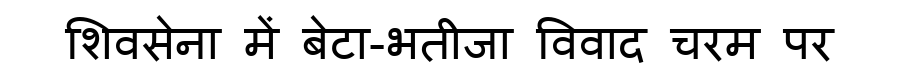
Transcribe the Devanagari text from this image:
शिवसेना में बेटा-भतीजा विवाद चरम पर